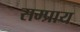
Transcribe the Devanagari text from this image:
सम्प्राय